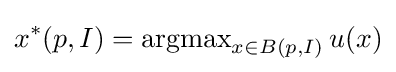
x^{*}(p,I)=\operatorname {argmax} _{x\in B(p,I)}u(x)